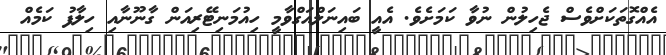
އެއްގޮތަކަށްވެސް ޖެހިލުން ނުވާ ކަމަށެވެ. އެއީ ބައިނަލްއަގްވާމީ ހިއުމަނިޓޭރިއަން ގާނޫނާއި ހިލާފު ކަމެއް